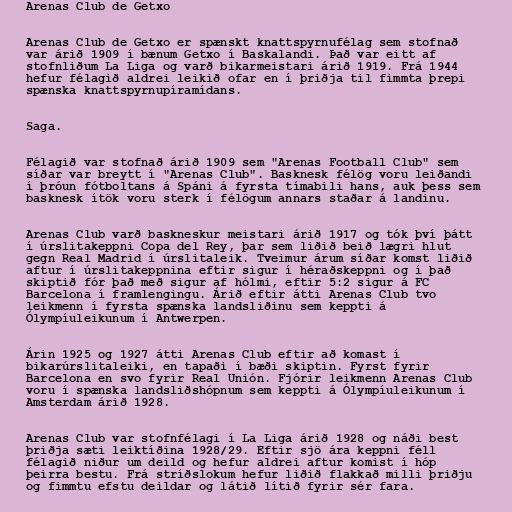
Arenas Club de Getxo

Arenas Club de Getxo er spænskt knattspyrnufélag sem stofnað
var árið 1909 í bænum Getxo í Baskalandi. Það var eitt af
stofnliðum La Liga og varð bikarmeistari árið 1919. Frá 1944
hefur félagið aldrei leikið ofar en í þriðja til fimmta þrepi
spænska knattspyrnupíramídans.

Saga.

Félagið var stofnað árið 1909 sem "Arenas Football Club" sem
síðar var breytt í "Arenas Club". Basknesk félög voru leiðandi
í þróun fótboltans á Spáni á fyrsta tímabili hans, auk þess sem
basknesk ítök voru sterk í félögum annars staðar á landinu.

Arenas Club varð baskneskur meistari árið 1917 og tók því þátt
í úrslitakeppni Copa del Rey, þar sem liðið beið lægri hlut
gegn Real Madrid í úrslitaleik. Tveimur árum síðar komst liðið
aftur í úrslitakeppnina eftir sigur í héraðskeppni og í það
skiptið fór það með sigur af hólmi, eftir 5:2 sigur á FC
Barcelona í framlengingu. Árið eftir átti Arenas Club tvo
leikmenn í fyrsta spænska landsliðinu sem keppti á
Ólympíuleikunum í Antwerpen.

Árin 1925 og 1927 átti Arenas Club eftir að komast í
bikarúrslitaleiki, en tapaði í bæði skiptin. Fyrst fyrir
Barcelona en svo fyrir Real Unión. Fjórir leikmenn Arenas Club
voru í spænska landsliðshópnum sem keppti á Ólympíuleikunum í
Amsterdam árið 1928.

Arenas Club var stofnfélagi í La Liga árið 1928 og náði best
þriðja sæti leiktíðina 1928/29. Eftir sjö ára keppni féll
félagið niður um deild og hefur aldrei aftur komist í hóp
þeirra bestu. Frá stríðslokum hefur liðið flakkað milli þriðju
og fimmtu efstu deildar og látið lítið fyrir sér fara.